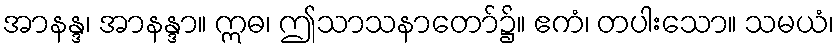
အာနန္ဒ၊ အာနန္ဒာ။ ဣဓ၊ ဤသာသနာတော်၌။ ဧကံ၊ တပါးသော။ သမယံ၊